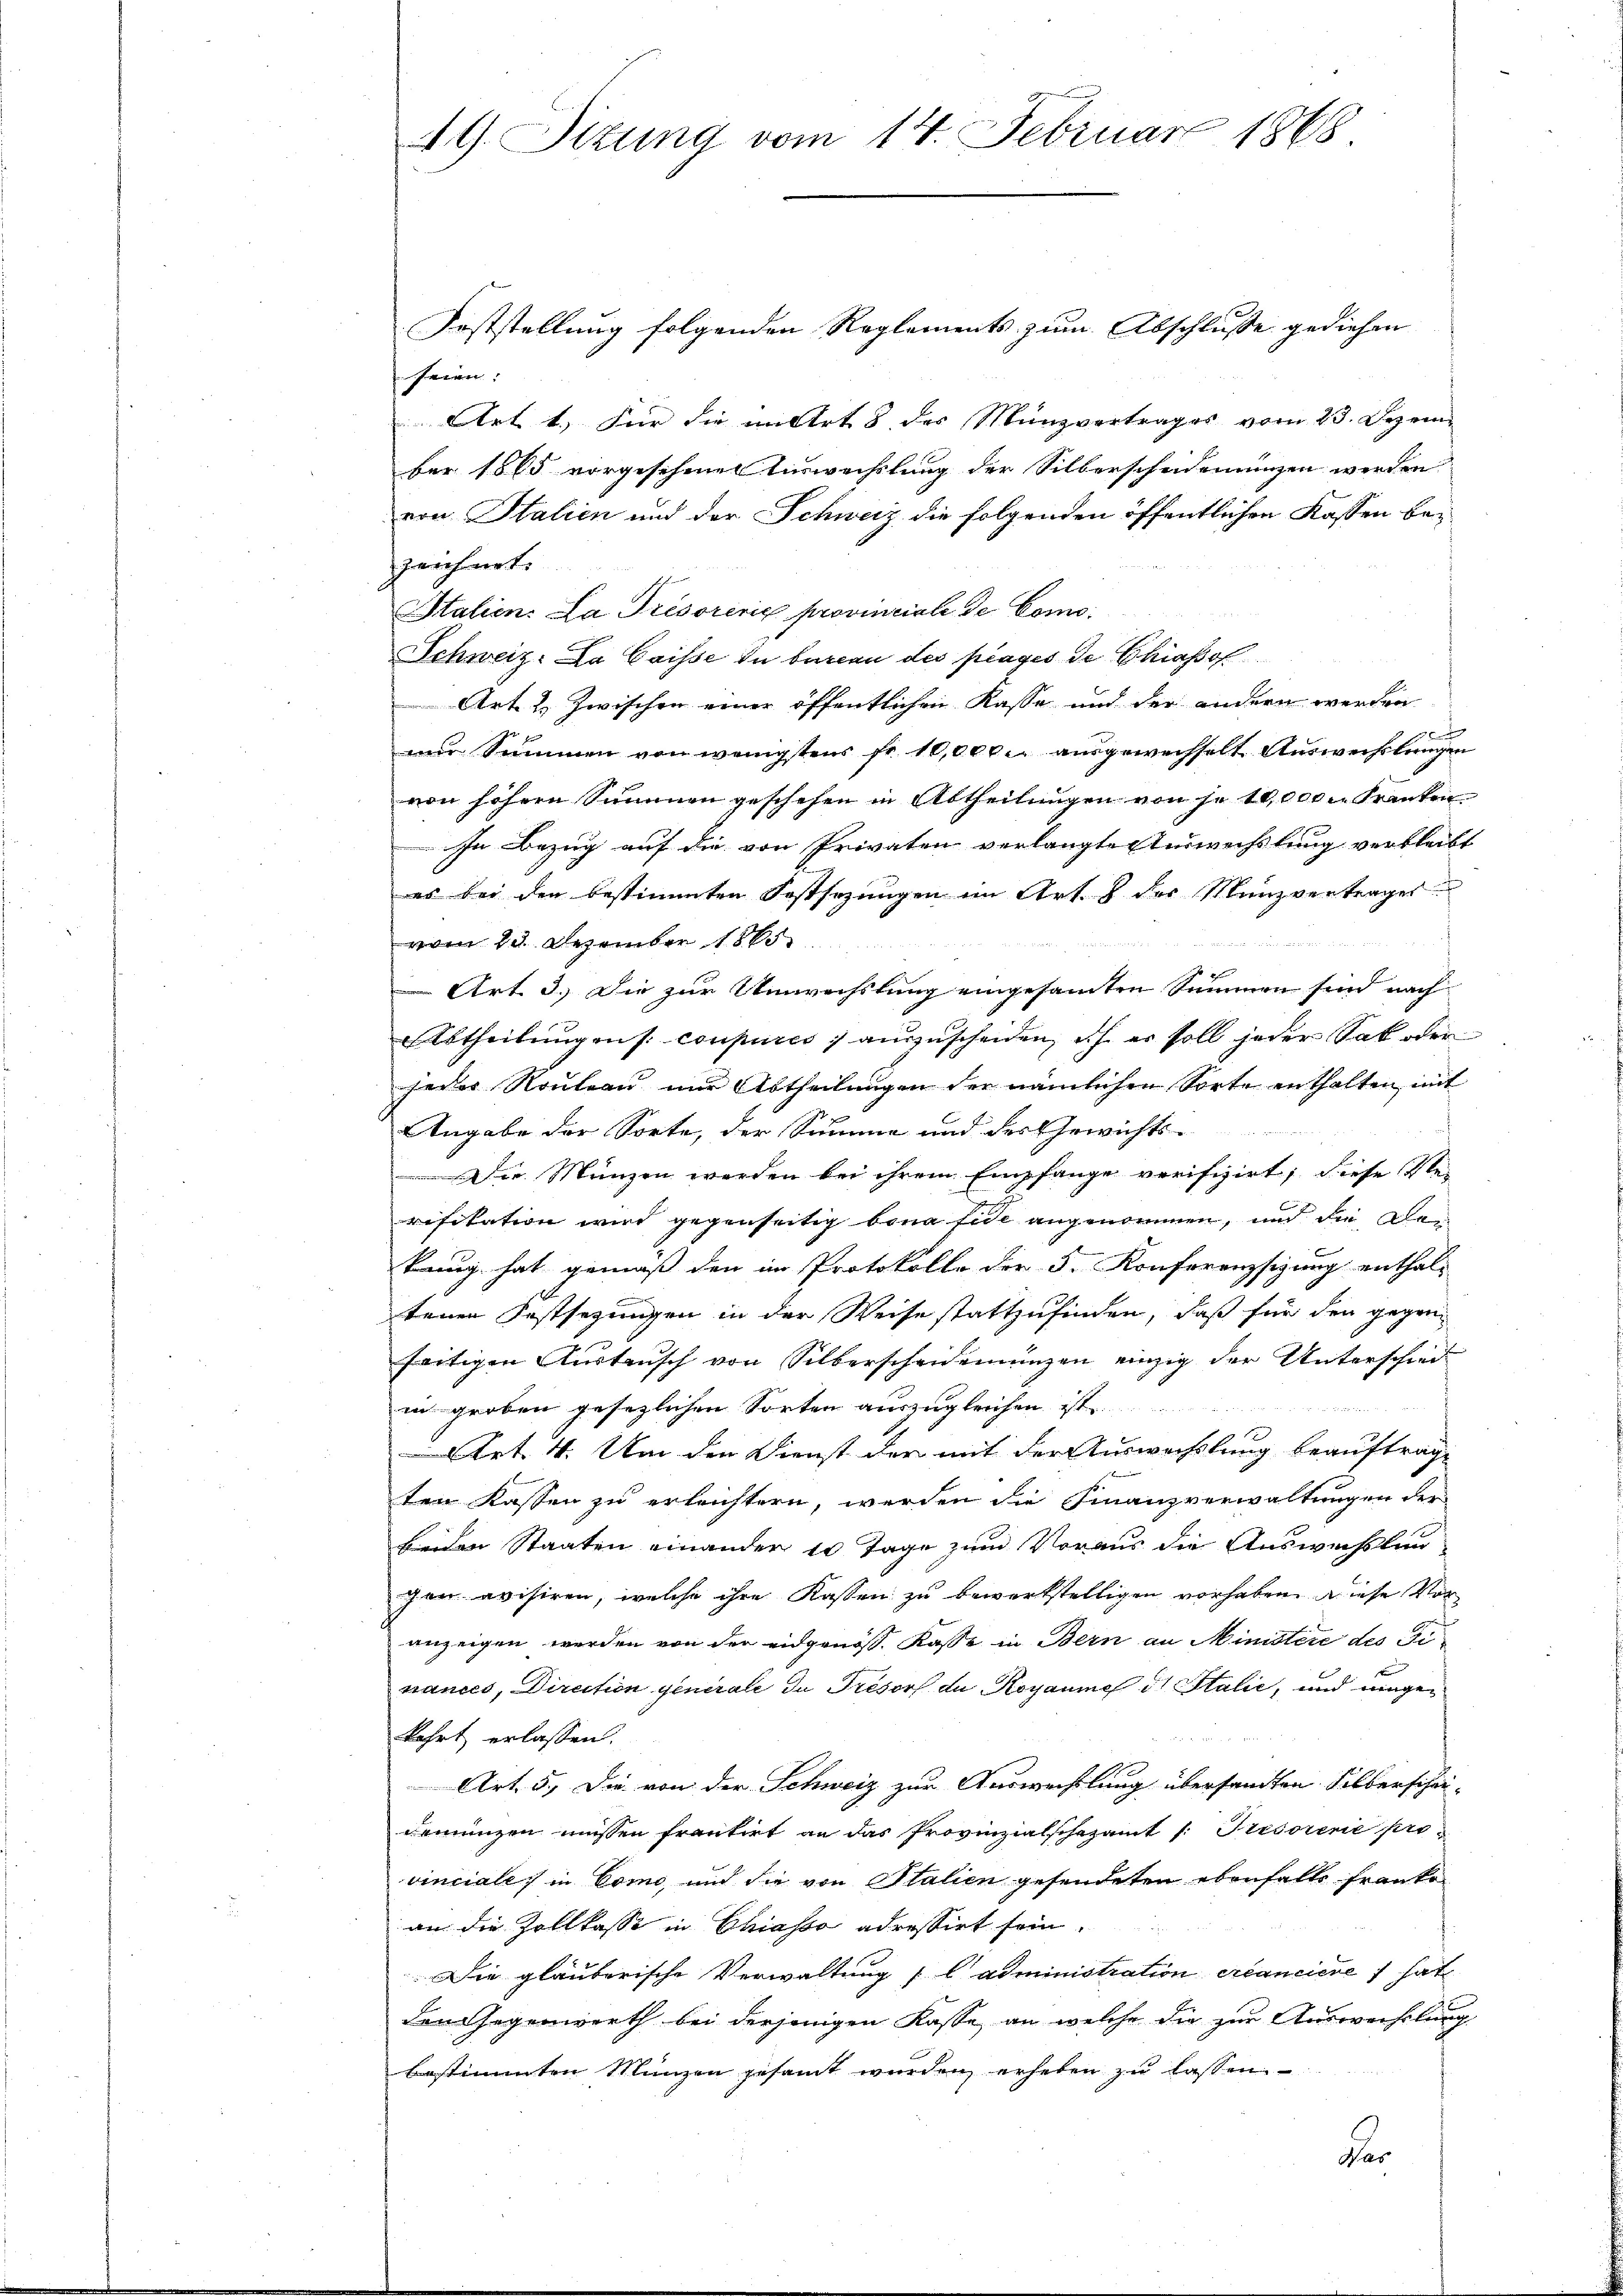
AG Sizung vom 14. Februar 1868

Feststellung folgenden Reglements zum Abschlusse gediehen
seien:
Art 1.) Für die in Art. 8 des Münzvertrages vom 23. Dezem-
ber 1865 vorgesehenen Einwechslung der Silberschadenungen werden
ern Stalien und der Schweiz die folgenden öffentlichen Kassen bei
zeichnet.
Italien. La Présoreris provinciale de Como¬
Schweiz. La Caisse in bureau des prages de Chiasol
Art u. Zwischen einer öffentlichen Kasse und der andern werden
f
nur Summen von wenigstens Fr. 10,000 ausgewechselt Auswechslungen
von höhern Summen geschehen in Abtheilungen von je 10,000 l. Franken
In Bezug auf die von Privaten verlangte Turwechslung verbleibt
es bei den bestimmten Festsezungen im Art. 8 des Münzvertrages
vom 23. Dezember 1865
n
Art. 3. Die zur Umwechslung eingesamten Summen sind nach
Abtheilŭngens coupurés aŭszŭscheiden, ich er soll jeder Sab oder
jeder Rouleau nur Abtheilungen der nämlichen Sorte enthalten, mit
Angabe der Sorte, der Summe und der Gewichts-
Die Münzen werden bei ihrem Empfange verifizirt; diese Verifikation wird gegenseitig bona fide angenommen, und die Den
kung hat gemäß den im Protokolle der 3. Konferenzsizung enthaltenen Festsezungen in der Weise stattzufinden, daß für den gegenseitigen Austausch von Silberscheidenungen einzig der Unterschied
in groben gesezlichen Sorten auszugleichen ist
Art. 4. Um den Dienst der mit der Auswechslung beauftrage
ten Kassen zu erleichtern, werden die Finanzverwaltungen der
beiden Staaten einander 10 Tage zum Voraus die Auswechslun
gen avisiren, welche ihre Kassen zu bewerkstelligen vorhaben diese Voranzeigen werden von der eidgenöss. Kasse in Bern an Ministere des Fi-
nances, Direction generale du Trésors de Royaumes d. Stalie, und ungen
kehrt erlassen.
Art. 5. Die von der Schweiz zur Auswechslung übersandten Silberschei-
demünzen müssen frantirt an das Provinzialschazamt /: Persorene pro
vinciale in Como, und die von Stalien gesendeten ebenfalls franke
an die Zollkasse in Chiasso adressirt sein.
Die glauberische Verwaltung (ladministration créanciere) hat
den Gegenwerth bei derjenigen Kasse, an welche die zur Auswechslung
bestimmten Münzen gesammt wurden erheben zu lassen.
Far